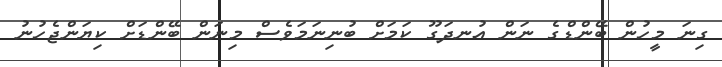
ގިނަ މީހުން ބޭންޑްގެ ނަން އުނދަގޫ ކަމަށް ބުނިނަމަވެސް މިނަން ބޭންޑަށް ކިޔަންޖެހުނު